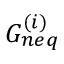
G _ { n e q } ^ { ( i ) }